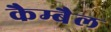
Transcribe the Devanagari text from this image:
कैम्बैल